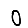
Digit: 0